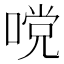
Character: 𭉧